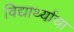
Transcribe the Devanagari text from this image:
विद्यार्थ्याचा